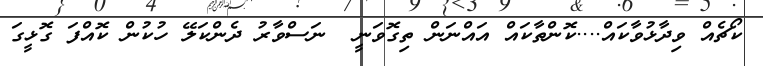
ކޯޗެއް ވިދާޅުވާކައް....ކޮންތާކައް އައްނަން ތިގޮވަނީ  ނަސްވާރު ދެންކަލޭ ހުކުން ކޮއްފަ ގޮޅީގަ